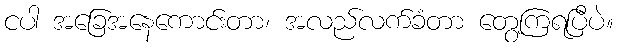
ငပါ အခြေအနေကောင်းတာ၊ အလည်လက်ခံတာ တွေ့ကြရပြီပဲ။